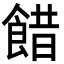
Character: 𩜅